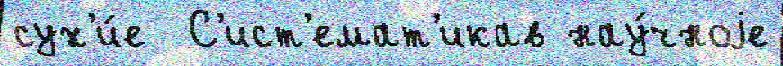
сух'и́е  С'ист'емат'икав нау́чноjе